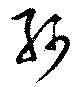
軻